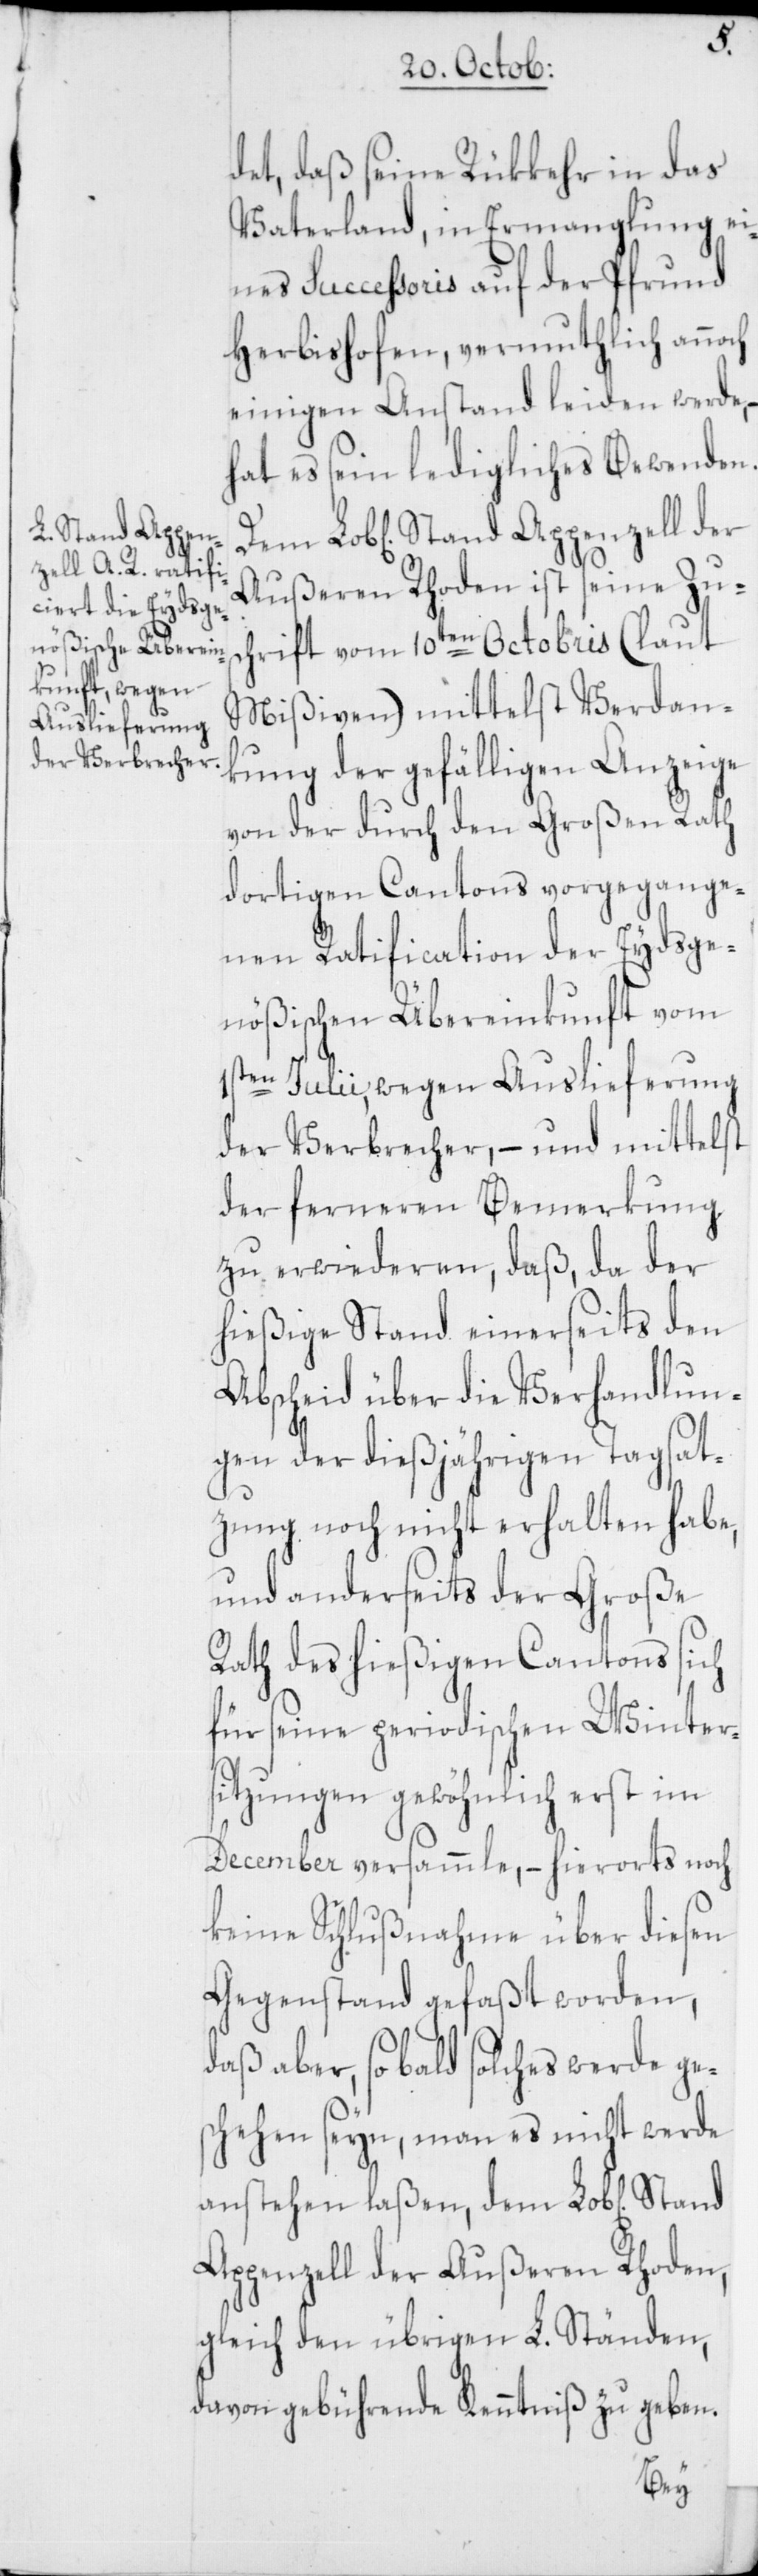
det, daß seine Rükkehr in das
Vaterland, in Ermanglung ei¬
nes Successoris auf der Pfrund
Herbishofen, vermuthlich annoch
einigen Anstand leiden werde,
hat es sein ledigliches Bewenden.
Außeren Rhoden ist seine Zusc¬
hrift vom 10ten Octobris (laut
Mißiven) mittelst Verdan¬
kung der gefälligen Anzeige
von der durch den Großen Rath
dortigen Cantons vorgegange¬
nen Ratification der Eydsge¬
nößischen Übereinkunft vom
1sten Julii, wegen Auslieferung
der Verbrecher, – und mittelst
der ferneren Bemerkung
zu erwiederen, daß, da der
hießige Stand einerseits den
Abscheid über die Verhandlun¬
gen der dießjährigen Tagsat¬
zung noch nicht erhalten habe,
und anderseits der Große
Rath des hießigen Cantons sich
für seine periodischen Winter¬
sitzungen gewöhnlich erst im
December versammle, – hierorts noch
keine Schlußnahme über diesen
Gegenstand gefaßt worden,
daß aber, so bald solches werde ge¬
schehen seyn, man es nicht werde
anstehen laßen, dem Lob[lichen]
Appenzell der Außeren Rhoden,
gleich den übrigen L. Ständen,
davon gebührende Kenntniß zu geben.